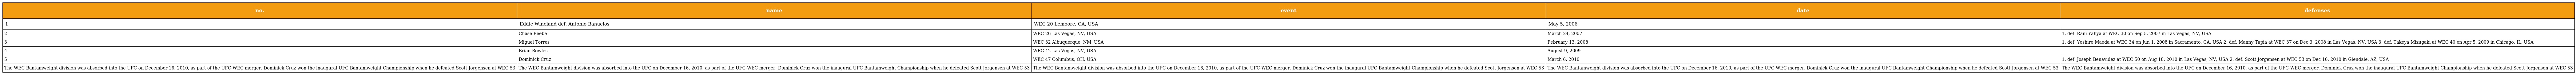
| no. | name | event | date | defenses |
 | --- | --- | --- | --- | --- |
 | 1 | Eddie Wineland def. Antonio Banuelos | WEC 20 Lemoore, CA, USA | May 5, 2006 |  |
 | 2 | Chase Beebe | WEC 26 Las Vegas, NV, USA | March 24, 2007 | 1. def. Rani Yahya at WEC 30 on Sep 5, 2007 in Las Vegas, NV, USA |
 | 3 | Miguel Torres | WEC 32 Albuquerque, NM, USA | February 13, 2008 | 1. def. Yoshiro Maeda at WEC 34 on Jun 1, 2008 in Sacramento, CA, USA 2. def. Manny Tapia at WEC 37 on Dec 3, 2008 in Las Vegas, NV, USA 3. def. Takeya Mizugaki at WEC 40 on Apr 5, 2009 in Chicago, IL, USA |
 | 4 | Brian Bowles | WEC 42 Las Vegas, NV, USA | August 9, 2009 |  |
 | 5 | Dominick Cruz | WEC 47 Columbus, OH, USA | March 6, 2010 | 1. def. Joseph Benavidez at WEC 50 on Aug 18, 2010 in Las Vegas, NV, USA 2. def. Scott Jorgensen at WEC 53 on Dec 16, 2010 in Glendale, AZ, USA |
 | The WEC Bantamweight division was absorbed into the UFC on December 16, 2010, as part of the UFC-WEC merger. Dominick Cruz won the inaugural UFC Bantamweight Championship when he defeated Scott Jorgensen at WEC 53 | The WEC Bantamweight division was absorbed into the UFC on December 16, 2010, as part of the UFC-WEC merger. Dominick Cruz won the inaugural UFC Bantamweight Championship when he defeated Scott Jorgensen at WEC 53 | The WEC Bantamweight division was absorbed into the UFC on December 16, 2010, as part of the UFC-WEC merger. Dominick Cruz won the inaugural UFC Bantamweight Championship when he defeated Scott Jorgensen at WEC 53 | The WEC Bantamweight division was absorbed into the UFC on December 16, 2010, as part of the UFC-WEC merger. Dominick Cruz won the inaugural UFC Bantamweight Championship when he defeated Scott Jorgensen at WEC 53 | The WEC Bantamweight division was absorbed into the UFC on December 16, 2010, as part of the UFC-WEC merger. Dominick Cruz won the inaugural UFC Bantamweight Championship when he defeated Scott Jorgensen at WEC 53 |